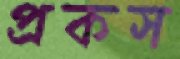
প্রকস